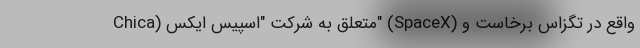
Chica) متعلق به شرکت "اسپیس ایکس" (SpaceX) واقع در تگزاس برخاست و